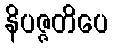
နိပဇ္ဇတိပေ